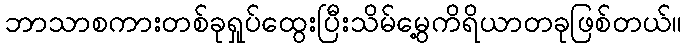
ဘာသာစကားတစ်ခုရှုပ်ထွေးပြီးသိမ်မွေ့ကိရိယာတခုဖြစ်တယ်။